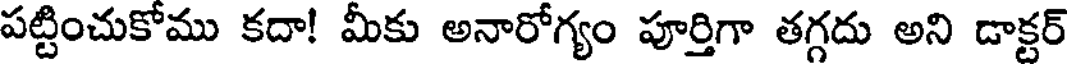
పట్టించుకోము కదా! మీకు అనారోగ్యం పూర్తిగా తగ్గదు అని డాక్టర్